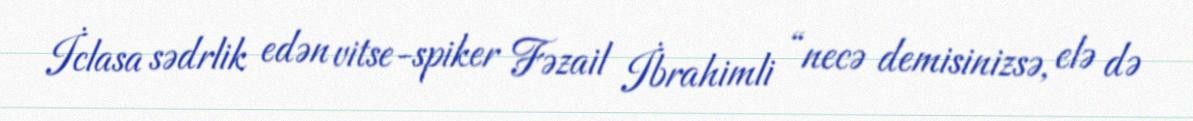
İclasa sədrlik edən vitse-spiker Fəzail İbrahimli “necə demisinizsə, elə də